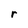
Character: r